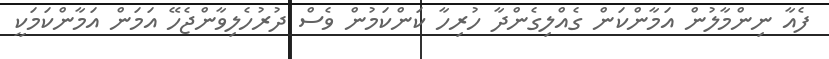
ފެއާ ނިންމާލުން އަމާންކަން ގެއްލިގެންދާ ހުރިހާ ކަންކަމުން ވެސް ދުރުހެލިވާންޖެހޭ އަމަން އަމާންކަމަކީ